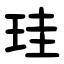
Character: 珪